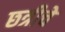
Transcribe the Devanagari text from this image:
छत्रीचे